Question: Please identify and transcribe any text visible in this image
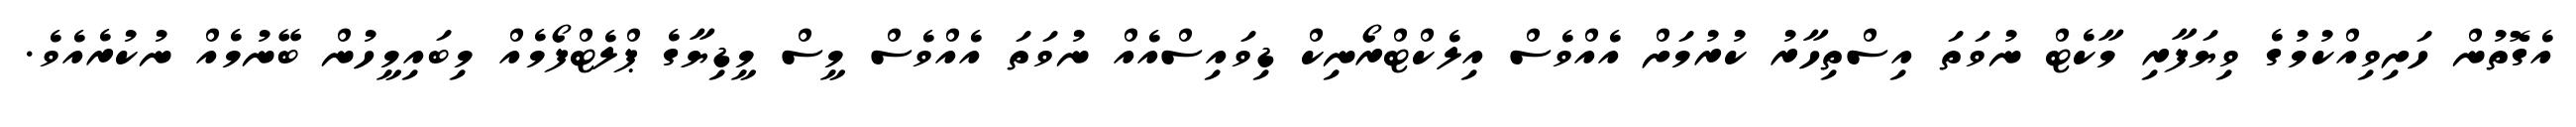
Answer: އެގޮތުން ހަށިވިއްކުމުގެ ވިޔަފާރި މާކެޓް ނުވަތަ އިސްތިހާރު ކުރުމަށް އެއްވެސް އިލެކްޓްރޯނިކް ޑިވައިސްއެއް ނުވަތަ އެއްވެސް މީސް މީޑިޔާގެ ޕްލެޓްފޯމެއް މިބައިމީހުން ބޭނުމެއް ނުކުރެއެވެ.